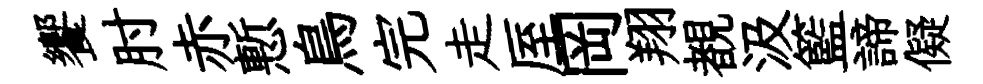
饗肘赤慙鳥完走厔岡翔覩汲籃諦儗